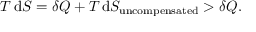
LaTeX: T \, \mathrm { d } S = \delta Q + T \, \mathrm { d } S _ { \mathrm { u n c o m p e n s a t e d } } > \delta Q .